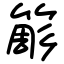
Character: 簓